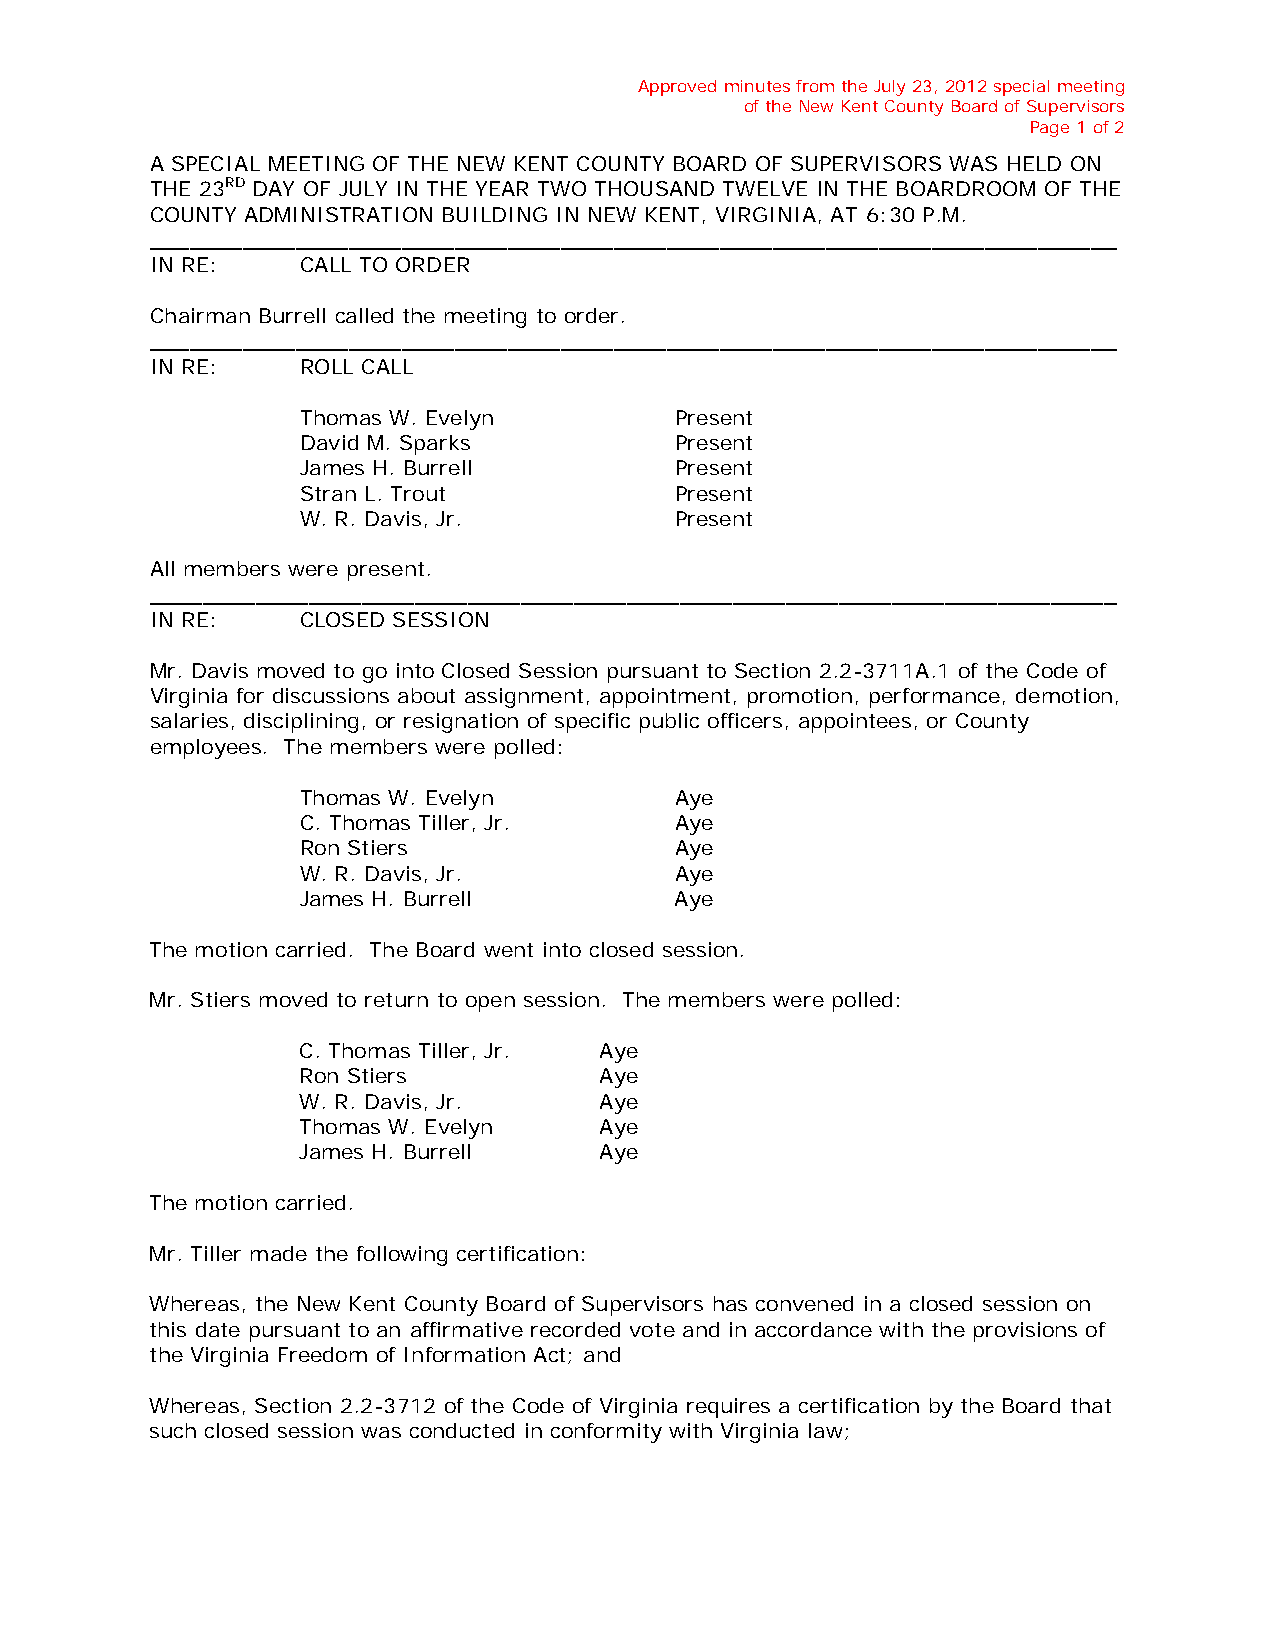
Approved minutes from the July 23, 2012 special meeting
 of the New Kent County Board of Supervisors
 Page 1 of 2
 A SPECIAL MEETING OF THE NEW KENT COUNTY BOARD OF SUPERVISORS WAS HELD ON
 THE 23RD DAY OF JULY IN THE YEAR TWO THOUSAND TWELVE IN THE BOARDROOM OF THE
 COUNTY ADMINISTRATION BUILDING IN NEW KENT, VIRGINIA, AT 6:30 P.M.
 _________________________________________________________________________
 IN RE:    CALL TO ORDER
 Chairman Burrell called the meeting to order.
 _________________________________________________________________________
 IN RE:    ROLL CALL
 Thomas W. Evelyn         Present
 David M. Sparks          Present
 James H. Burrell         Present
 Stran L. Trout           Present
 W. R. Davis, Jr.         Present
 All members were present.
 _________________________________________________________________________
 IN RE:    CLOSED SESSION
 Mr. Davis moved to go into Closed Session pursuant to Section 2.2-3711A.1 of the Code of
 Virginia for discussions about assignment, appointment, promotion, performance, demotion,
 salaries, disciplining, or resignation of specific public officers, appointees, or County
 employees. The members were polled:
 Thomas W. Evelyn         Aye
 C. Thomas Tiller, Jr.    Aye
 Ron Stiers               Aye
 W. R. Davis, Jr.         Aye
 James H. Burrell         Aye
 The motion carried. The Board went into closed session.
 Mr. Stiers moved to return to open session. The members were polled:
 C. Thomas Tiller, Jr. Aye
 Ron Stiers          Aye
 W. R. Davis, Jr.    Aye
 Thomas W. Evelyn    Aye
 James H. Burrell    Aye
 The motion carried.
 Mr. Tiller made the following certification:
 Whereas, the New Kent County Board of Supervisors has convened in a closed session on
 this date pursuant to an affirmative recorded vote and in accordance with the provisions of
 the Virginia Freedom of Information Act; and
 Whereas, Section 2.2-3712 of the Code of Virginia requires a certification by the Board that
 such closed session was conducted in conformity with Virginia law;